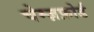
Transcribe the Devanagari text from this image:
चेम्ज़फ़ोर्ड